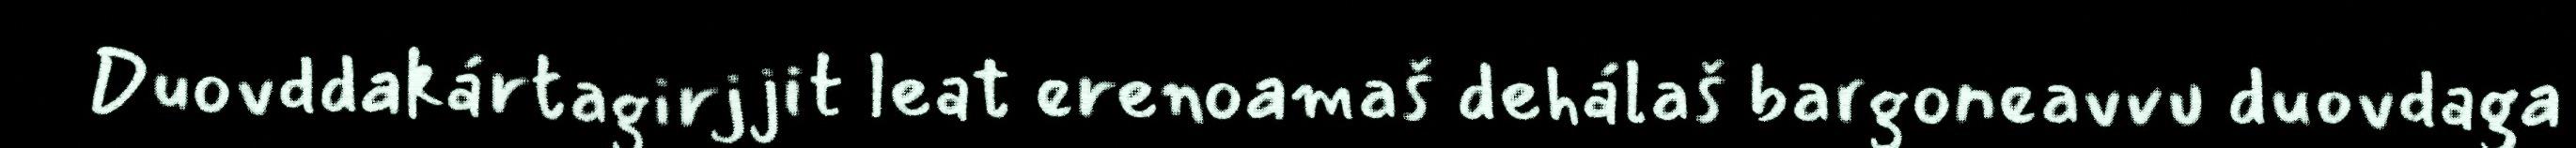
Duovddakártagirjjit leat erenoamaš dehálaš bargoneavvu duovdaga